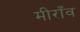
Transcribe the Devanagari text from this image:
मीराँव